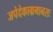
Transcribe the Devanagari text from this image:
जपेदेकाग्रमानसः